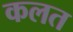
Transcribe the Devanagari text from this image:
कलत